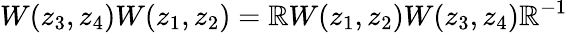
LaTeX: W(z_{3},z_{4})W(z_{1},z_{2})=\mathbb{R}W(z_{1},z_{2})W(z_{3},z_{4})\mathbb{R}^{-1}